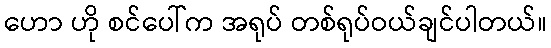
ဟော ဟို စင်ပေါ်က အရုပ် တစ်ရုပ်ဝယ်ချင်ပါတယ်။